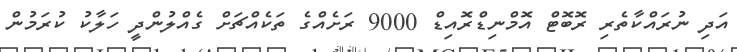
އަދި ނުރައްކާތެރި ރޮބޮޓް އޮމްނިޑްރޮއިޑް 9000 ރަށެއްގެ ތަކެއްޗަށް ގެއްލުންދީ ހަލާކު ކުރަމުން